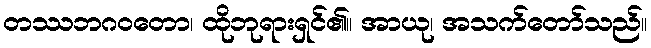
တဿဘဂဝတော၊ ထိုဘုရားရှင်၏။ အာယု၊ အသက်တော်သည်။